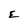
Character: E